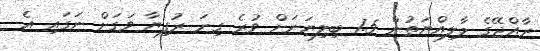
ރާއްޖޭގެ މާލިއްޔަތުން 1.5 ބިލިޔަނަށް ވުރެ ގިނަ ރުފިޔާ ވަގަށް ނަގައި އެ